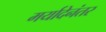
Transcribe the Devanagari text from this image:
मर्यादेनंतर